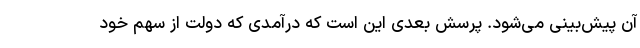
آن پیش‌بینی‌ می‌شود. پرسش بعدی این است که درآمدی که دولت از سهم خود